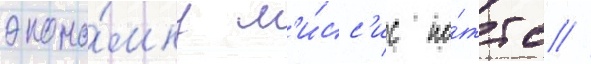
эконо́мку м'и́сс'ис по́ттс //